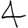
Digit: 4